Subject: cs
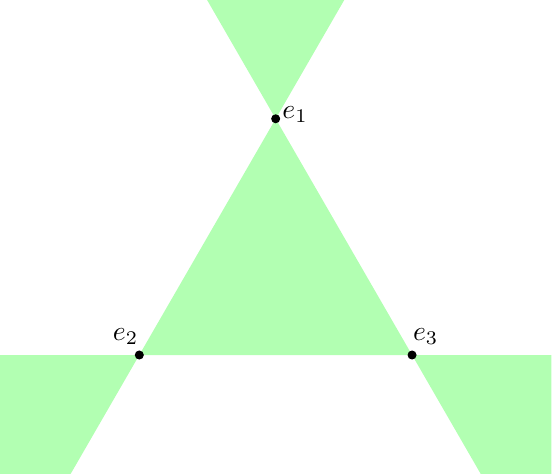
LaTeX code:
	\begin{tikzpicture}[every node/.style={draw,circle,inner sep=1pt,fill=black}]
	\clip (-3.5,-2.5) rectangle (3.5,3.5);
	\foreach \s in {0,1,2}
		\fill[fill=green!30] (90 + 120 * \s : 2) -- + (60 + 120 * \s : 3) -- + (120 + 120 * \s : 3) -- cycle;
	\fill[fill=green!30] (0,2) node[label={[right]{$e_1$}}] {} -- (-1.732,-1) node[label={[above left]{$e_2$}}] {} -- (1.732,-1) node[label={[above right]{$e_3$}}] {} -- cycle;
\end{tikzpicture}